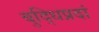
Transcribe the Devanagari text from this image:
बुद्धिप्रदां